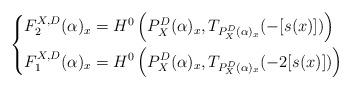
LaTeX: \begin{align*}\left \{ \begin{aligned} F_2^{X, D}(\alpha)_x &= H^0\left(P^D_X(\alpha)_x, T_{P^D_X(\alpha)_x}(-[s(x)])\right) \\F_1^{X, D}(\alpha)_x &= H^0\left(P^D_X(\alpha)_x, T_{P^D_X(\alpha)_x}(-2[s(x)]) \right) \end{aligned} \right .\end{align*}